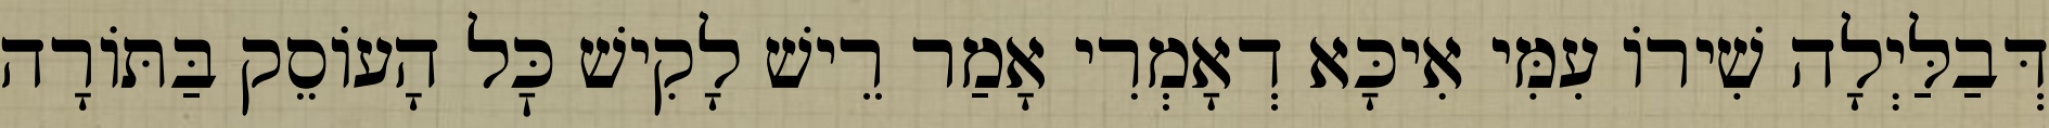
דְּבַלַּיְלָה שִׁירוֹ עִמִּי אִיכָּא דְאָמְרִי אָמַר רֵישׁ לָקִישׁ כׇּל הָעוֹסֵק בַּתּוֹרָה